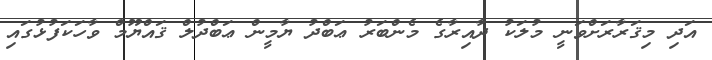
އަދި މިޤަރާރަށްވަނީ މުލަކު ދާއިރާގެ މެންބަރު ޢަބްދު ޔާމީން ޢަބްދުލް ޤައްޔޫމް ވާހަކަފުޅުގައި